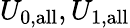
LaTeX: U_{0,\mathrm{all}},U_{1,\mathrm{all}}